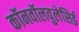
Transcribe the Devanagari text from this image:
कॉनवॉलवुलेसिई